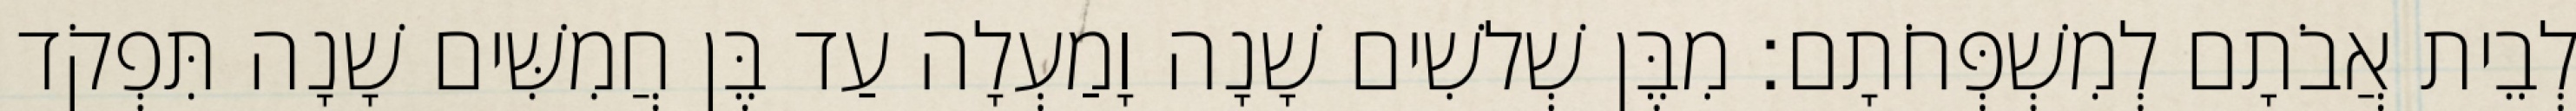
לְבֵית אֲבֹתָם לְמִשְׁפְּחֹתָם׃ מִבֶּן שְׁלשִׁים שָׁנָה וָמַעְלָה עַד בֶּן חֲמִשִּׁים שָׁנָה תִּפְקֹד